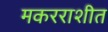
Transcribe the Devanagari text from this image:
मकरराशीत